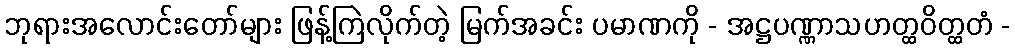
ဘုရားအလောင်းတော်များ ဖြန့်ကြဲလိုက်တဲ့ မြက်အခင်း ပမာဏကို - အဋ္ဌပဏ္ဏာသဟတ္ထဝိတ္ထတံ -